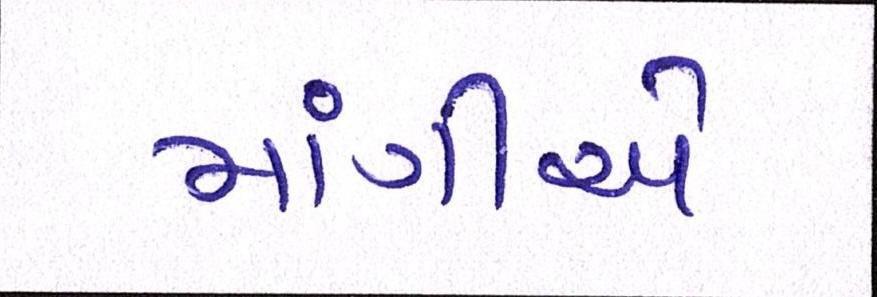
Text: માંગીએ